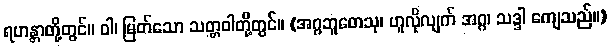
ရဟန္တာတို့တွင်။ ဝါ၊ မြတ်သော သတ္တဝါတို့တွင်။ (အဂ္ဂဘူတေသု၊ ဟူလိုလျက် အဂ္ဂ၊ သဒ္ဒါ ကျေသည်။)